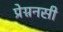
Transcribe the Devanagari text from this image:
प्रेग्ननसी